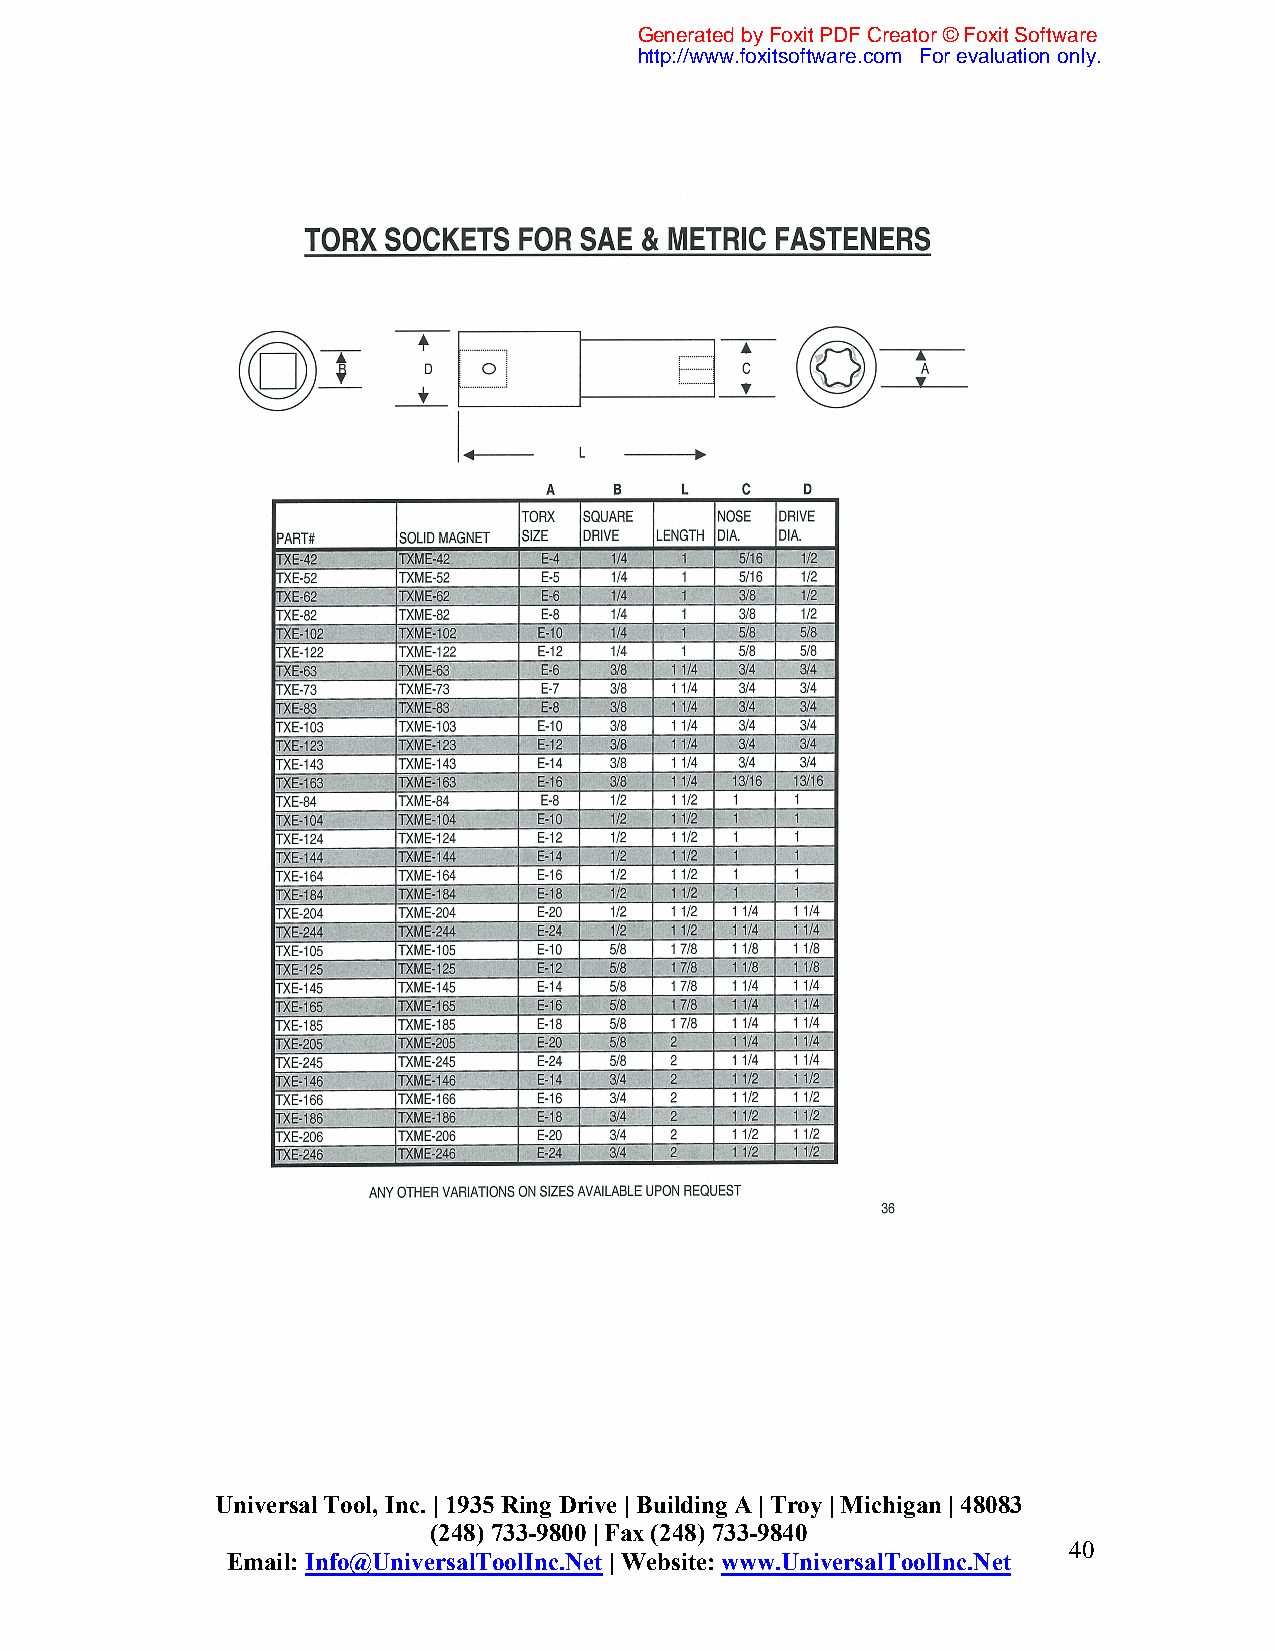
Generated by Foxit PDF Creator © Foxit Software
 http://www.foxitsoftware.com For evaluation only.
 Universal Tool, Inc. | 1935 Ring Drive | Building A | Troy | Michigan | 48083
 (248) 733-9800 | Fax (248) 733-9840
 40
 Email: Info@UniversalToolInc.Net | Website: www.UniversalToolInc.Net